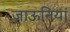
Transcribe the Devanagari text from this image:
जाऊनियां